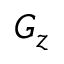
G _ { z }